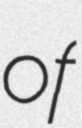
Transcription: of